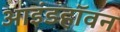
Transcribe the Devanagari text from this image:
आइंडहॉवन